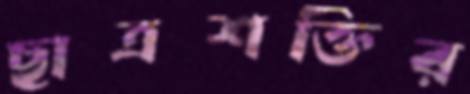
ছাত্রশক্তির